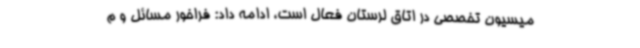
میسیون تخصصی در اتاق لرستان فعال است، ادامه داد: فراخور مسائل و م